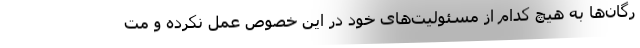
رگان‌ها به هیچ کدام از مسئولیت‌های خود در این خصوص عمل نکرده و مت